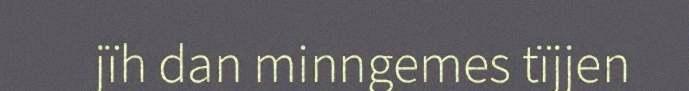
jïh dan minngemes tïjjen